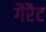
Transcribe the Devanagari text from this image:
गैरैट